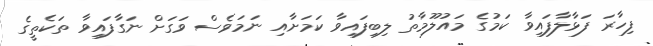
ފިހާރަ ފަޅާލާފައިވާ ކަމުގެ މައުލޫމާތު ލިބިފައިވާ ކަމަށާއި ނަމަވެސް ވަގަށް ނަގާފައިވާ ތަކެތީގެ